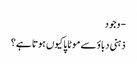
- وجود
ذہنی دباؤ سے موٹاپا کیوں ہوتا ہے؟